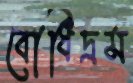
বোধিদ্রম